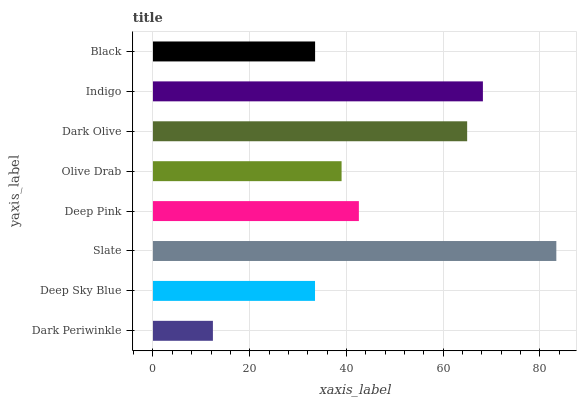
| yaxis_label | bars |
 | --- | --- |
 | Dark Periwinkle | 12.4 |
 | Deep Sky Blue | 33.5 |
 | Slate | 83.4 |
 | Deep Pink | 42.6 |
 | Olive Drab | 39 |
 | Dark Olive | 65 |
 | Indigo | 68.2 |
 | Black | 33.5 |